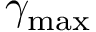
\gamma _ { \mathrm { m a x } }